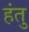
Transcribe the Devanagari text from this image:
हंतु